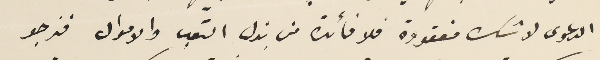
الدعوى لا شك مفقودة فلا فائدة من بذل التعب والاموال فنرجو